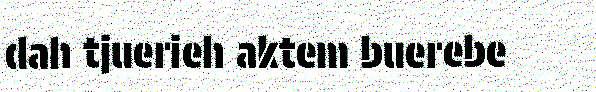
dah tjuerieh aktem buerebe